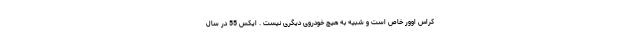
کراس اوور خاص است و شبیه به هیچ خودروی دیگری نیست . ایکس 55 در سال